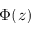
\Phi ( z )